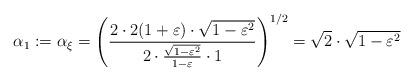
LaTeX: \begin{align*}\alpha_1:=\alpha_{\xi}=\left(\frac{2\cdot 2(1+\varepsilon)\cdot \sqrt{1-\varepsilon^2}}{2\cdot\frac{\sqrt{1-\varepsilon^2}}{1-\varepsilon}\cdot 1}\right)^{1/2}=\sqrt{2}\cdot\sqrt{1-\varepsilon^2}\end{align*}